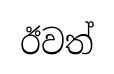
ඊවත්